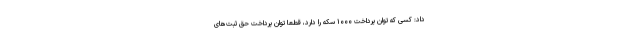
داد: کسی که توان پرداخت ۱۰۰۰ سکه را دارد، قطعاً توان پرداخت حق ثبت‌های